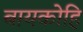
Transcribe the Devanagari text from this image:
बायकोहि